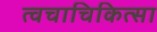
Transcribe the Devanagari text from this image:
त्वचाचिकित्सा